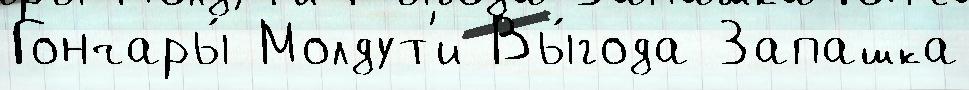
Гончары́ Молдут'и Вы́года Запашка